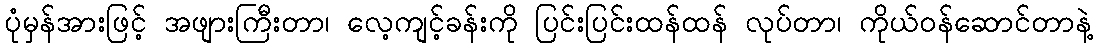
ပုံမှန်အားဖြင့် အဖျားကြီးတာ၊ လေ့ကျင့်ခန်းကို ပြင်းပြင်းထန်ထန် လုပ်တာ၊ ကိုယ်ဝန်ဆောင်တာနဲ့